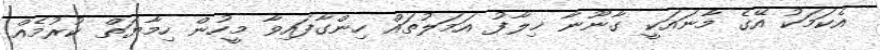
އެކަމަކު އޭގެ މާނައަކީ ގާނޫނާ ޚިލާފު އަމަލުތައް ހިންގާފައިވާ މީހުން ހިމާޔަތް ކުރުމެއް